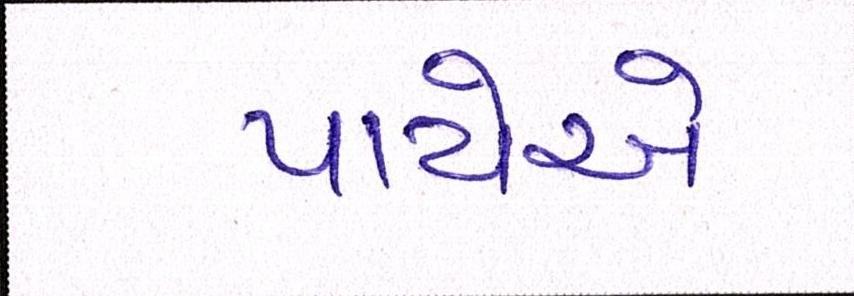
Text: પાયેએ